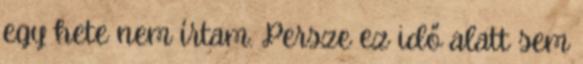
egy hete nem írtam. Persze ez idő alatt sem